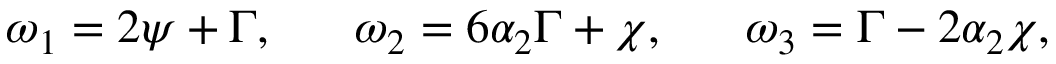
\omega _ { 1 } = 2 \psi + \Gamma , ~ ~ ~ ~ ~ \omega _ { 2 } = 6 \alpha _ { 2 } \Gamma + \chi , ~ ~ ~ ~ ~ \omega _ { 3 } = \Gamma - 2 \alpha _ { 2 } \chi ,